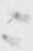
ニ